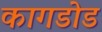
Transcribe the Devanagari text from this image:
कागडोड